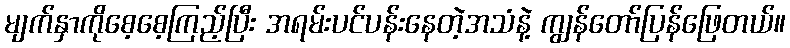
မျက်နှာကိုစေ့စေ့ကြည့်ပြီး အရမ်းပင်ပန်းနေတဲ့အသံနဲ့ ကျွန်တော်ပြန်ဖြေတယ်။